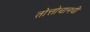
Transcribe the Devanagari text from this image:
तोत्तोचानची